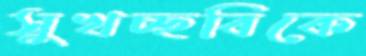
সুখচ্ছবিকে